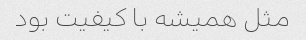
مثل همیشه با کیفیت بود